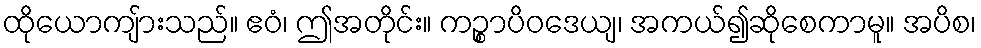
ထိုယောကျ်ားသည်။ ဧဝံ၊ ဤအတိုင်း။ ကဉ္စာပိဝဒေယျ၊ အကယ်၍ဆိုစေကာမူ။ အပိစ၊